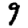
Digit: 9